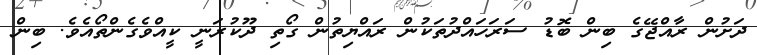
ދަށުން ރާއްޖޭގެ ބިން ބޮޑު ސަރަހައްދުތަކުން ރައްޔިތުން ގޯތި ދޫކުރަނީ ކީއްވެގެންތޯއެވެ. ބިން